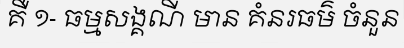
គឺ ១- ធម្មសង្គណី មាន គំនរធម៌ ចំនួន